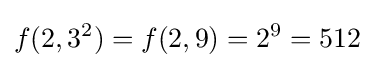
f(2,3^{2})=f(2,9)=2^{9}=512